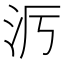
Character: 𪵭